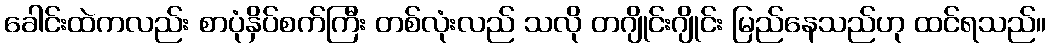
ခေါင်းထဲကလည်း စာပုံနှိပ်စက်ကြီး တစ်လုံးလည် သလို တဂျိုင်းဂျိုင်း မြည်နေသည်ဟု ထင်ရသည်။